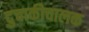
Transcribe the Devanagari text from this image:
दुचाकीचालक